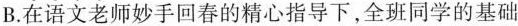
B.在语文老师妙手回春的精心指导下，全班同学的基础